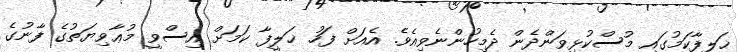
ޚަލީފާކަމުގައި މުސްކުޅިވަންދެން ދެމިހުންނެވިއެވެ. އެއަށް ފަހު ޚަލީފާ ކަމަށް އިސްވީ މުޢާވިޔަތުގެ ފާނުގެ